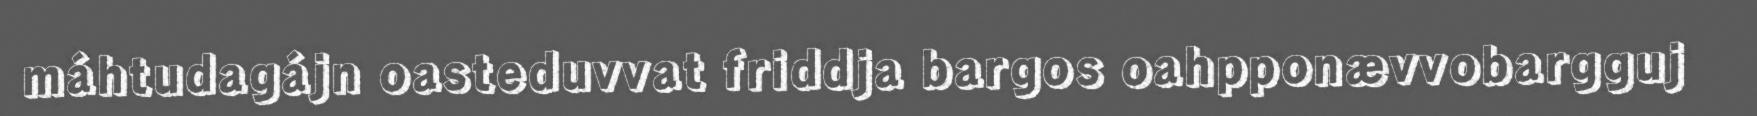
máhtudagájn oasteduvvat friddja bargos oahpponævvobargguj